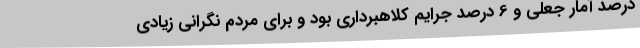
درصد آمار جعلی و 6 درصد جرایم کلاهبرداری بود و برای مردم نگرانی زیادی